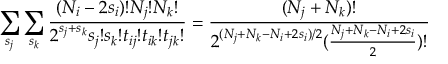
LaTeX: \sum _ { s _ { j } } \sum _ { s _ { k } } \frac { ( N _ { i } - 2 s _ { i } ) ! N _ { j } ! N _ { k } ! } { 2 ^ { s _ { j } + s _ { k } } s _ { j } ! s _ { k } ! t _ { i j } ! t _ { i k } ! t _ { j k } ! } = \frac { ( N _ { j } + N _ { k } ) ! } { 2 ^ { ( N _ { j } + N _ { k } - N _ { i } + 2 s _ { i } ) / 2 } ( \frac { N _ { j } + N _ { k } - N _ { i } + 2 s _ { i } } { 2 } ) ! }